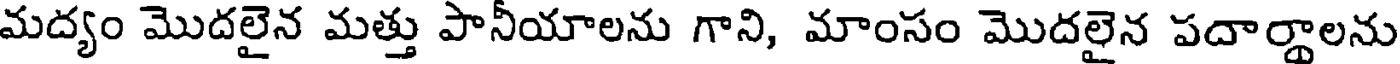
మద్యం మొదలైన మత్తు పానీయాలను గాని, మాంసం మొదలైన పదార్థాలను